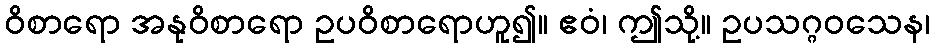
ဝိစာရော အနုဝိစာရော ဥပဝိစာရောဟူ၍။ ဧဝံ၊ ဤသို့။ ဥပသဂ္ဂဝသေန၊